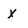
Character: x